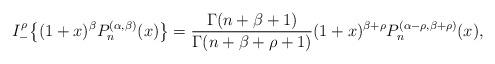
LaTeX: \begin{align*}I_{-}^\rho\big\{(1+x)^\beta P_n^{(\alpha,\beta)}(x)\big\}=\frac{\Gamma(n+\beta+1)}{\Gamma(n+\beta+\rho+1)}(1+x)^{\beta+\rho} P_n^{(\alpha-\rho,\beta+\rho)}(x),\end{align*}